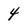
Character: 4